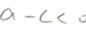
a - c < 0